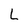
Character: L